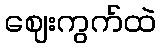
ဈေးကွက်ထဲ